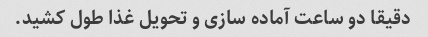
دقیقا دو ساعت آماده سازی و تحویل غذا طول کشید.